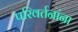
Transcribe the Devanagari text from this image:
परिवर्तनांना